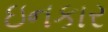
ઇનકાર